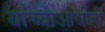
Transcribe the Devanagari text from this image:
यांच्याआधीही